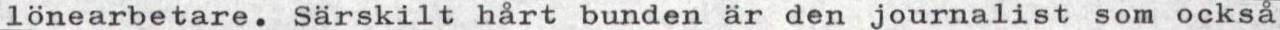
lönearbetare. Särskilt hårt bunden är den journalist som också